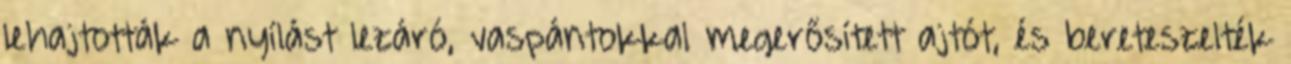
lehajtották a nyílást lezáró, vaspántokkal megerősített ajtót, és bereteszelték